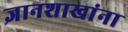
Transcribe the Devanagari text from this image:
ज्ञानशाखांना